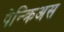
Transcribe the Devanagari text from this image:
पेन्क्रिअस